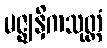
မဇ္ဈနှိကသုတ္တံ